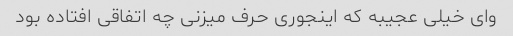
وای خیلی عجیبه که اینجوری حرف میزنی چه اتفاقی افتاده بود